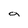
Character: a